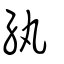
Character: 紈